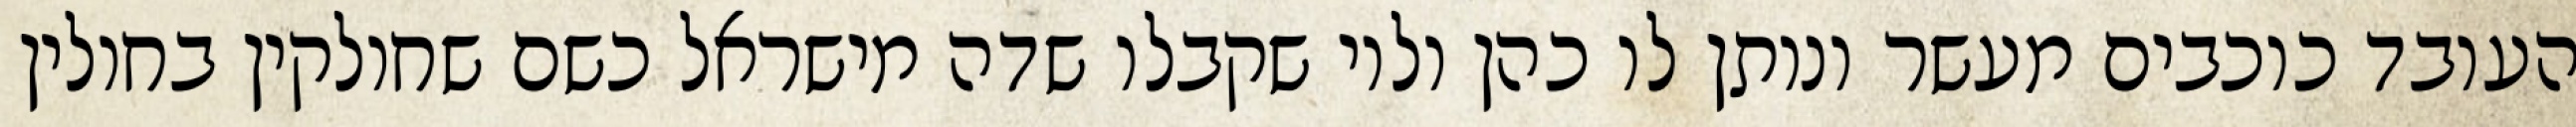
העובד כוכבים מעשר ונותן לו כהן ולוי שקבלו שדה מישראל כשם שחולקין בחולין